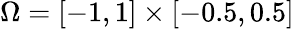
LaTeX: \Omega=[-1,1]\times[-0.5,0.5]